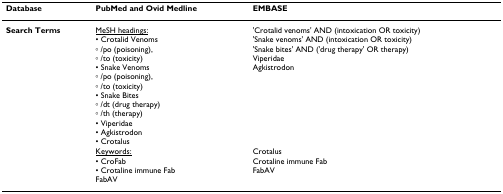
| Database | PubMed and Ovid Medline | EMBASE |
 | --- | --- | --- |
 | Search Terms | <underline>MeSH headings:</underline>• Crotalid Venoms◦ /po (poisoning),◦ /to (toxicity)• Snake Venoms◦ /po (poisoning),◦ /to (toxicity)• Snake Bites◦ /dt (drug therapy)◦ /th (therapy)• Viperidae• Agkistrodon• Crotalus | 'Crotalid venoms' AND (intoxication OR toxicity)'Snake venoms' AND (intoxication OR toxicity)'Snake bites' AND ('drug therapy' OR therapy)ViperidaeAgkistrodon |
 |  | <underline>Keywords:</underline>• CroFab• Crotaline immune FabFabAV | CrotalusCrotaline immune FabFabAV |